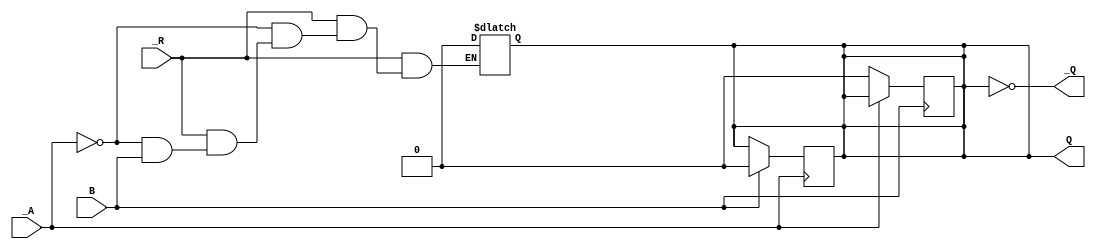
// License: Mozilla Public License : Version 2.0
/*

partial impl - for a single configuration where we get a negative pulse triggered by a positive edge

74HCT423 RC MONOSTABLE
    to https://www.mouser.co.uk/ProductDetail/Texas-Instruments/CD74HCT423E?qs=sGAEpiMZZMvlv4093HnhKZ8bAgIsdcd%2FsXgnN672tig%3D
see also 74HCT123 RC MONOSTABLE
    https://www.mouser.co.uk/ProductDetail/Texas-Instruments/CD74HCT123E?qs=sGAEpiMZZMvlv4093HnhKZ8bAgIsdcd%2FlNYxPTBpeBQ%3D
 */
`timescale 1ns/1ns
module hct74423 (
    input _A, B, _R, 
    output Q, _Q
);
    
    parameter PulseWidth=100;
    parameter TriggerPD=25;

    // NEEDED FOR SHORT /WE PULSE ON RISING EDGE OF CLOCK FOR
    // 74HCT670 WHOSE MIN write pulse width is 20ns.
    // HOW IN PRACTICE? RC? OR MORE GATES AS SHOWN HERE?

    // simulate 74HCT123
    reg q;
    assign Q = q;
    assign _Q = !Q;

    always @* begin
        if (_R) begin
            if (_A) 
                q=0;
            else if (!B) 
                q=0;
        end
        else
        begin
            q=0;
        end
    end
    

    always @(posedge B) begin
        if (!_A) begin
            #TriggerPD
            q=1;
            #PulseWidth
            q=0;
        end
    end

    always @(negedge _A) begin
        if (B) begin
            #TriggerPD
            q=1;
            #PulseWidth
            q=0;
        end
    end
    
endmodule